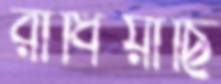
রাঁধিয়াছি